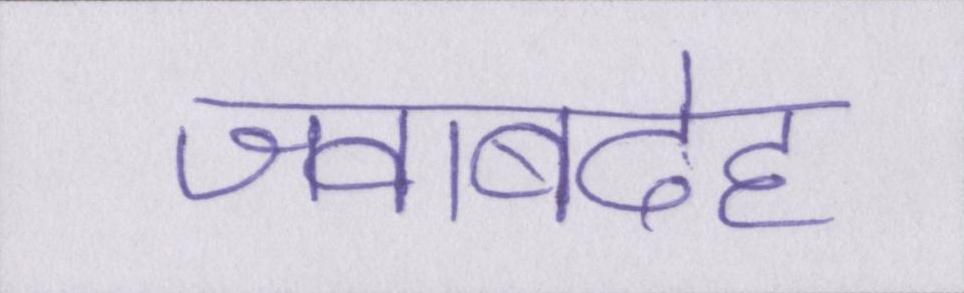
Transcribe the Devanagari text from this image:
जवाबदेह